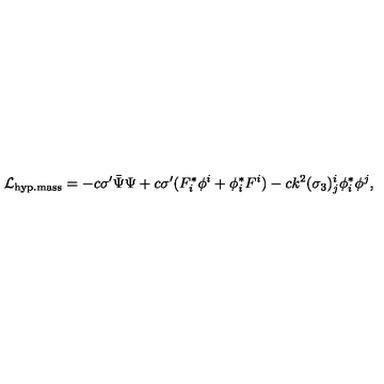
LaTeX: { \cal L } _ { \mathrm { h y p . m a s s } } = - c \sigma ^ { \prime } \bar { \Psi } \Psi + c \sigma ^ { \prime } ( F _ { i } ^ { * } \phi ^ { i } + \phi _ { i } ^ { * } F ^ { i } ) - c k ^ { 2 } ( \sigma _ { 3 } ) _ { j } ^ { i } \phi _ { i } ^ { * } \phi ^ { j } ,